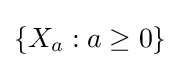
\left\{X_{a}:a\geq 0\right\}